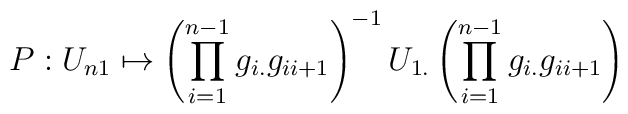
P:U_{n1} \mapsto \left(\prod_{i=1}^{n-1}g_{i.}g_{ii+1}\right)^{-1}U_{1.}\left(\prod_{i=1}^{n-1}g_{i.}g_{ii+1}\right)